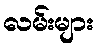
လမ်းများ